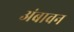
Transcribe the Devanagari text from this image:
अंबावन